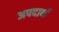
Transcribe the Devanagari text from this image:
अपदार्थ